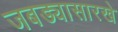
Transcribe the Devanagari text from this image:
जबड्यासारखे